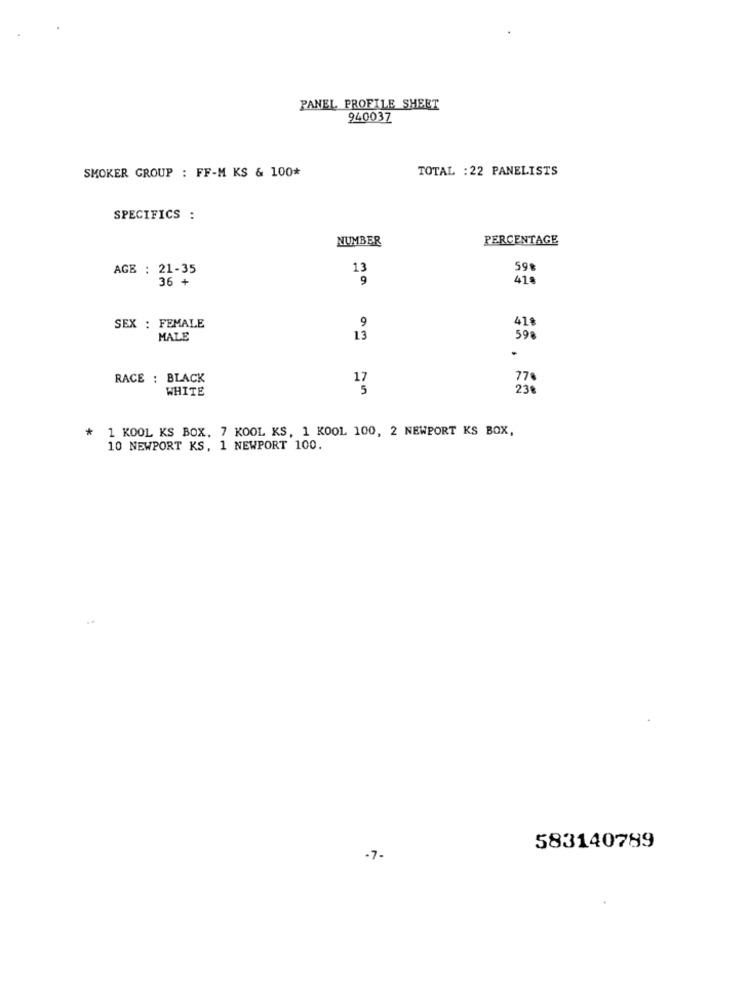
PANEL PROFILE SHEET
940037
SMOKER GROUP : FF-M KS & 100*
TOTAL : 22 PANELISTS
SPECIFICS :
NUMBER
PERCENTAGE
AGE : 21-35
13
598
36 +
9
418
9
SEX : FEMALE
41%
MALE
13
598
.
RACE : BLACK
77€
WHITE
23€
1 KOOL KS BOX, 7 KOOL KS, 1 KOOL 100, 2 NEWPORT KS BOX,
10 NEWPORT KS, 1 NEWPORT 100.
583140789
-7-